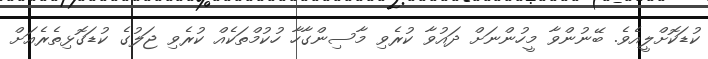
ކުޑަކޮށްލީއެވެ. ބޭނުންވާ މީހުންނަށް ދައުވާ ކުރެވި މާސިންގާހާ ހުކުމްތަކެއް ކުރެވި ޖަލުގެ ކުޑަގޮޅިތެރެއަށް